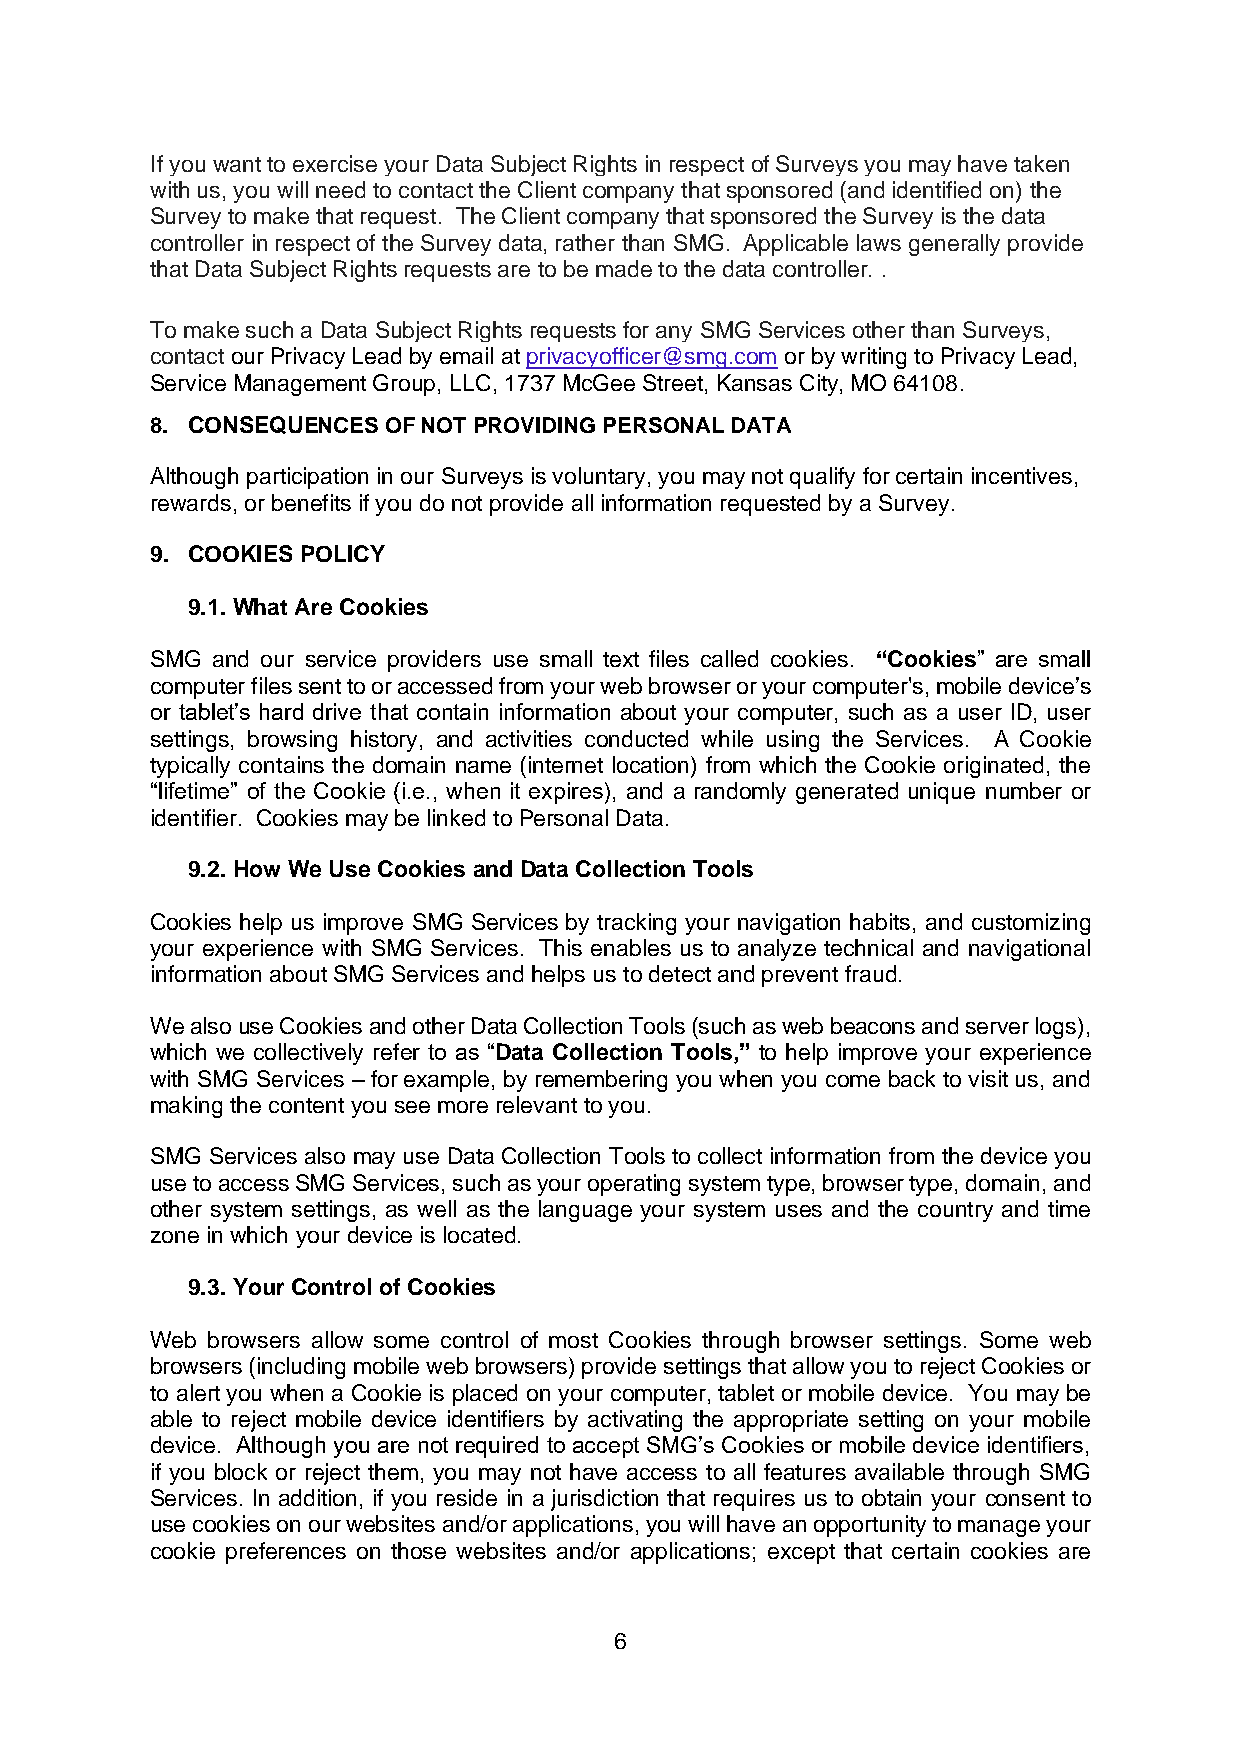
If you want to exercise your Data Subject Rights in respect of Surveys you may have taken
 with us, you will need to contact the Client company that sponsored (and identified on) the
 Survey to make that request. The Client company that sponsored the Survey is the data
 controller in respect of the Survey data, rather than SMG. Applicable laws generally provide
 that Data Subject Rights requests are to be made to the data controller. .
 To make such a Data Subject Rights requests for any SMG Services other than Surveys,
 contact our Privacy Lead by email at privacyofficer@smg.com or by writing to Privacy Lead,
 Service Management Group, LLC, 1737 McGee Street, Kansas City, MO 64108.
 8. CONSEQUENCES OF NOT PROVIDING PERSONAL DATA
 Although participation in our Surveys is voluntary, you may not qualify for certain incentives,
 rewards, or benefits if you do not provide all information requested by a Survey.
 9. COOKIES POLICY
 9.1. What Are Cookies
 SMG and our service providers use small text files called cookies. “Cookies” are small
 computer files sent to or accessed from your web browser or your computer's, mobile device’s
 or tablet’s hard drive that contain information about your computer, such as a user ID, user
 settings, browsing history, and activities conducted while using the Services. A Cookie
 typically contains the domain name (internet location) from which the Cookie originated, the
 “lifetime” of the Cookie (i.e., when it expires), and a randomly generated unique number or
 identifier. Cookies may be linked to Personal Data.
 9.2. How We Use Cookies and Data Collection Tools
 Cookies help us improve SMG Services by tracking your navigation habits, and customizing
 your experience with SMG Services. This enables us to analyze technical and navigational
 information about SMG Services and helps us to detect and prevent fraud.
 We also use Cookies and other Data Collection Tools (such as web beacons and server logs),
 which we collectively refer to as “Data Collection Tools,” to help improve your experience
 with SMG Services – for example, by remembering you when you come back to visit us, and
 making the content you see more relevant to you.
 SMG Services also may use Data Collection Tools to collect information from the device you
 use to access SMG Services, such as your operating system type, browser type, domain, and
 other system settings, as well as the language your system uses and the country and time
 zone in which your device is located.
 9.3. Your Control of Cookies
 Web browsers allow some control of most Cookies through browser settings. Some web
 browsers (including mobile web browsers) provide settings that allow you to reject Cookies or
 to alert you when a Cookie is placed on your computer, tablet or mobile device. You may be
 able to reject mobile device identifiers by activating the appropriate setting on your mobile
 device. Although you are not required to accept SMG’s Cookies or mobile device identifiers,
 if you block or reject them, you may not have access to all features available through SMG
 Services. In addition, if you reside in a jurisdiction that requires us to obtain your consent to
 use cookies on our websites and/or applications, you will have an opportunity to manage your
 cookie preferences on those websites and/or applications; except that certain cookies are
 6